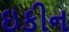
ઇકીન